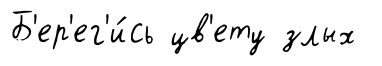
Б'ер'ег'и́сь цв'ету злых